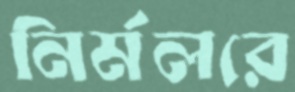
নির্মলরে